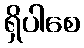
ရှိပါစေ